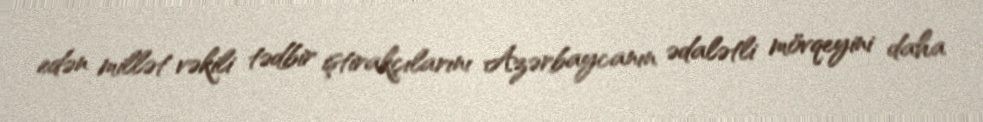
edən millət vəkili tədbir iştirakçılarını Azərbaycanın ədalətli mövqeyini daha